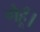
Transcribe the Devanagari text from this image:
गेहूँ।